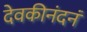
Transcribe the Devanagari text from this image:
देवकीनंदनं